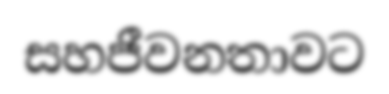
සහජීවනතාවට